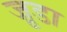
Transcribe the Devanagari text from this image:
जु़डा